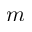
m